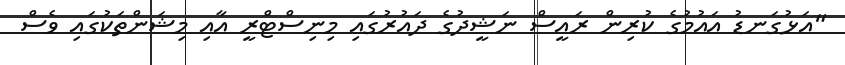
"އަޅުގަނޑު އައުމުގެ ކުރިން ރައީސް ނަޝީދުގެ ދައުރުގައި މިނިސްޓްރީ އާއި މިޝަންތަކުގައި ވެސް